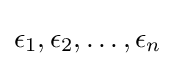
\epsilon _{1},\epsilon _{2},\dots ,\epsilon _{n}